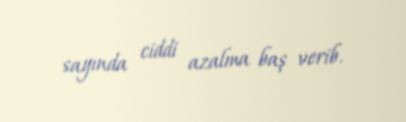
sayında ciddi azalma baş verib.